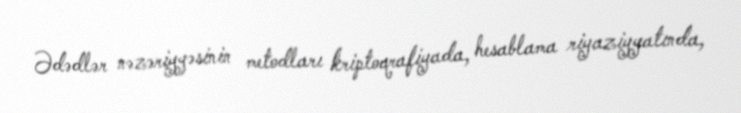
Ədədlər nəzəriyyəsinin metodları kriptoqrafiyada, hesablama riyaziyyatında,